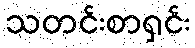
သတင်းစာရှင်း